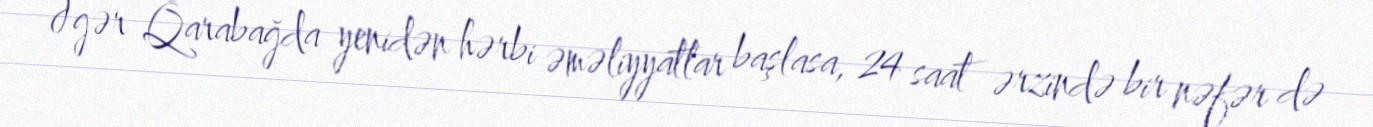
Əgər Qarabağda yenidən hərbi əməliyyatlar başlasa, 24 saat ərzində bir nəfər də